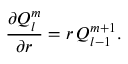
\frac { \partial Q _ { l } ^ { m } } { \partial r } = r \, Q _ { l - 1 } ^ { m + 1 } .